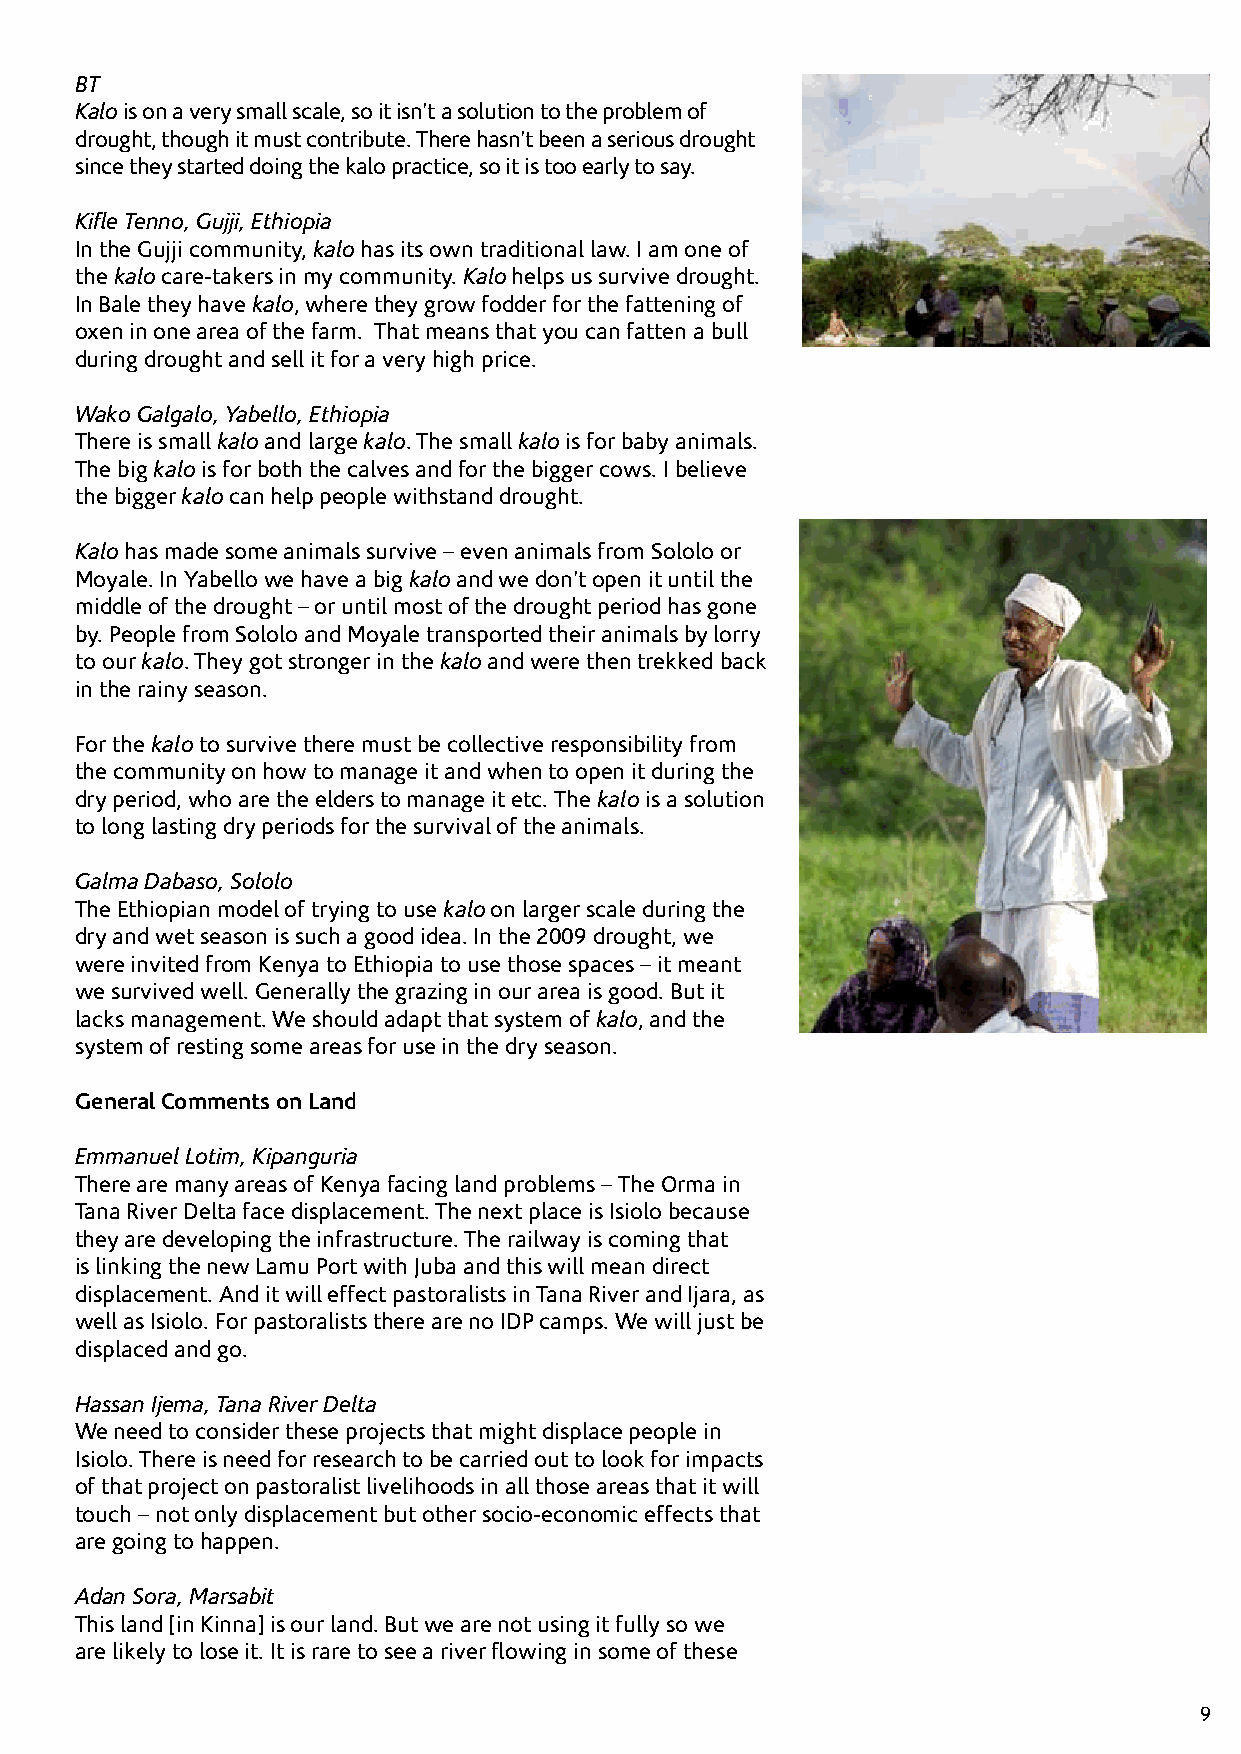
BT
 Kalo is on a very small scale, so it isn’t a solution to the problem of
 drought, though it must contribute. There hasn’t been a serious drought
 since they started doing the kalo practice, so it is too early to say.
 Kifle Tenno, Gujji, Ethiopia
 In the Gujji community, kalo has its own traditional law. I am one of
 the kalo care-takers in my community. Kalo helps us survive drought.
 In Bale they have kalo, where they grow fodder for the fattening of
 oxen in one area of the farm. That means that you can fatten a bull
 during drought and sell it for a very high price.
 Wako Galgalo, Yabello, Ethiopia
 There is small kalo and large kalo. The small kalo is for baby animals.
 The big kalo is for both the calves and for the bigger cows. I believe
 the bigger kalo can help people withstand drought.
 Kalo has made some animals survive – even animals from Sololo or
 Moyale. In Yabello we have a big kalo and we don’t open it until the
 middle of the drought – or until most of the drought period has gone
 by. People from Sololo and Moyale transported their animals by lorry
 to our kalo. They got stronger in the kalo and were then trekked back
 in the rainy season.
 For the kalo to survive there must be collective responsibility from
 the community on how to manage it and when to open it during the
 dry period, who are the elders to manage it etc. The kalo is a solution
 to long lasting dry periods for the survival of the animals.
 Galma Dabaso, Sololo
 The Ethiopian model of trying to use kalo on larger scale during the
 dry and wet season is such a good idea. In the 2009 drought, we
 were invited from Kenya to Ethiopia to use those spaces – it meant
 we survived well. Generally the grazing in our area is good. But it
 lacks management. We should adapt that system of kalo, and the
 system of resting some areas for use in the dry season.
 General Comments on Land
 Emmanuel Lotim, Kipanguria
 There are many areas of Kenya facing land problems – The Orma in
 Tana River Delta face displacement. The next place is Isiolo because
 they are developing the infrastructure. The railway is coming that
 is linking the new Lamu Port with Juba and this will mean direct
 displacement. And it will effect pastoralists in Tana River and Ijara, as
 well as Isiolo. For pastoralists there are no IDP camps. We will just be
 displaced and go.
 Hassan Ijema, Tana River Delta
 We need to consider these projects that might displace people in
 Isiolo. There is need for research to be carried out to look for impacts
 of that project on pastoralist livelihoods in all those areas that it will
 touch – not only displacement but other socio-economic effects that
 are going to happen.
 Adan Sora, Marsabit
 This land [in Kinna] is our land. But we are not using it fully so we
 are likely to lose it. It is rare to see a river flowing in some of these
 9